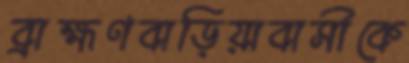
ব্রাহ্মণবাড়িয়াবাসীকে